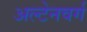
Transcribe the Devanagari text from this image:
अल्टेनवर्ग